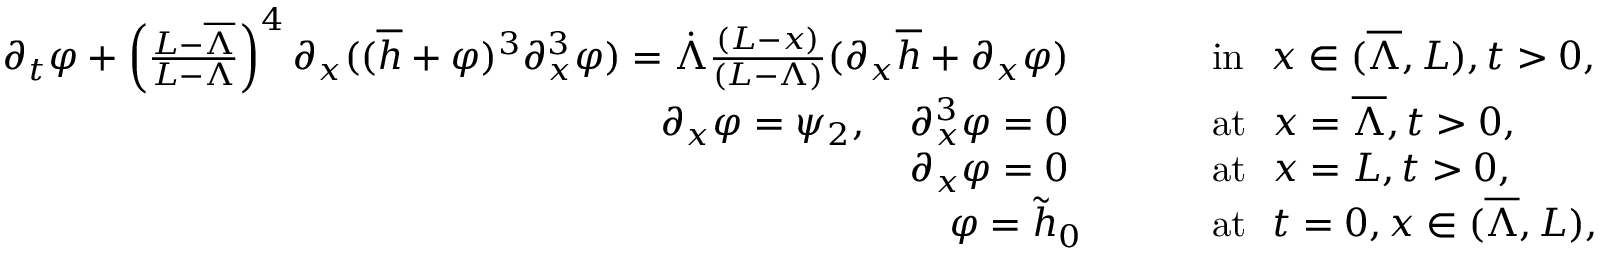
\begin{array} { r l } { \partial _ { t } \varphi + \left( \frac { L - \overline { { \Lambda } } } { L - \Lambda } \right) ^ { 4 } \partial _ { x } ( ( \overline { { h } } + \varphi ) ^ { 3 } \partial _ { x } ^ { 3 } \varphi ) = \dot { \Lambda } \frac { ( L - x ) } { ( L - \Lambda ) } ( \partial _ { x } \overline { { h } } + \partial _ { x } \varphi ) \qquad \ } & { \mathrm { ~ i n ~ } \ x \in ( \overline { { \Lambda } } , L ) , t > 0 , } \\ { \partial _ { x } \varphi = \psi _ { 2 } , \quad \partial _ { x } ^ { 3 } \varphi = 0 \qquad \ } & { \mathrm { ~ a t ~ } \ x = \overline { { \Lambda } } , t > 0 , } \\ { \partial _ { x } \varphi = 0 \qquad \ } & { \mathrm { ~ a t ~ } \ x = L , t > 0 , } \\ { \varphi = \tilde { h } _ { 0 } \qquad } & { \mathrm { ~ a t ~ } \ t = 0 , x \in ( \overline { { \Lambda } } , L ) , } \end{array}